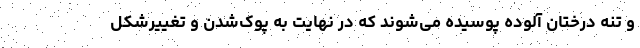
و تنه درختان آلوده پوسیده می‌شوند که در نهایت به پوک‌شدن و تغییرشکل